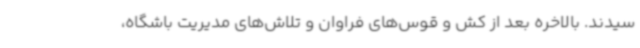
سیدند. بالاخره بعد از کش و قوس‌های فراوان و تلاش‌های مدیریت باشگاه،